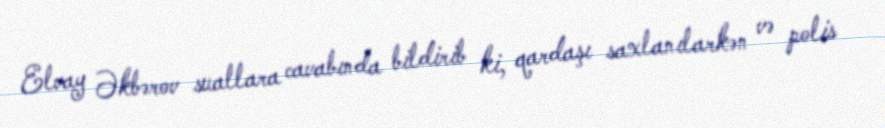
Elvay Əkbərov suallara cavabında bildirib ki, qardaşı saxlanılarkən və polis